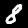
Label: 8